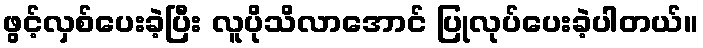
ဖွင့်လှစ်ပေးခဲ့ပြီး လူပိုသိလာအောင် ပြုလုပ်ပေးခဲ့ပါတယ်။